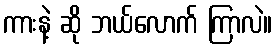
ကားနဲ့ ဆို ဘယ်လောက် ကြာလဲ။